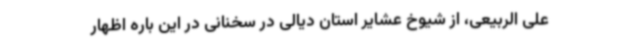
علی الربیعی، از شیوخ عشایر استان دیالی در سخنانی در این باره اظهار